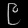
Digit: ၉